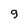
Character: 9